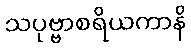
သပုဗ္ဗာစရိယကာနိ